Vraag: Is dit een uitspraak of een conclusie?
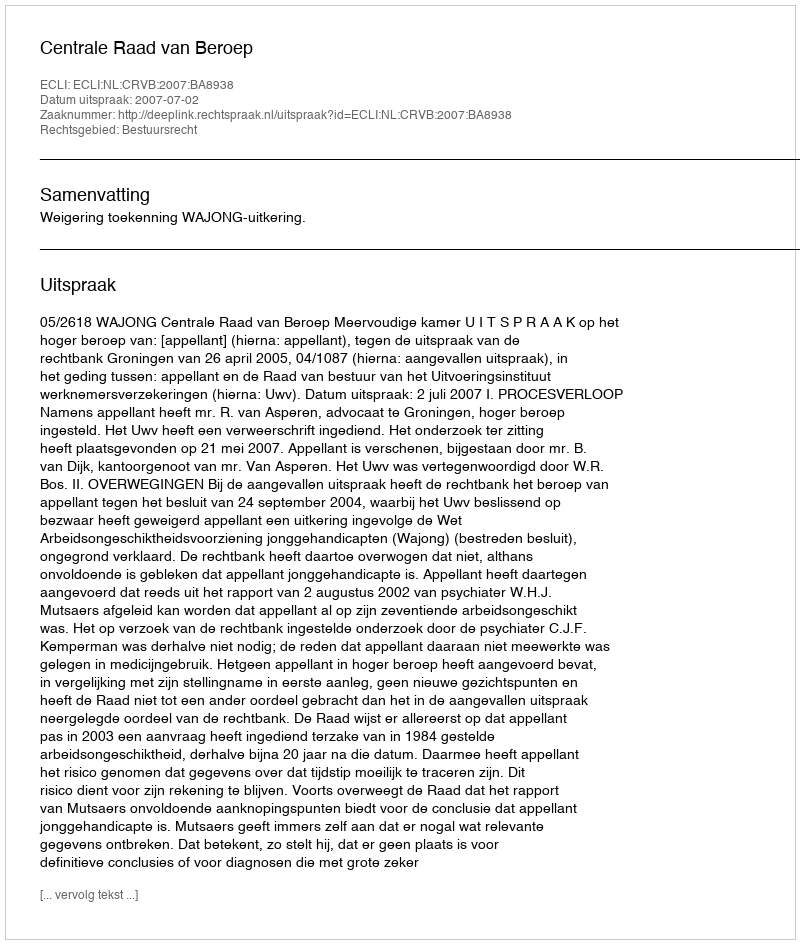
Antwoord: Uitspraak